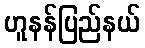
ဟူနန်ပြည်နယ်